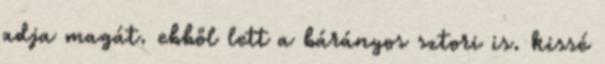
adja magát. ebből lett a bárányos sztori is. kissé